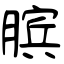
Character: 膑